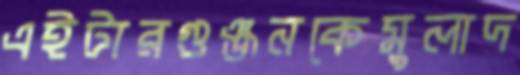
এইটারগুঞ্জনকেমুলাদ